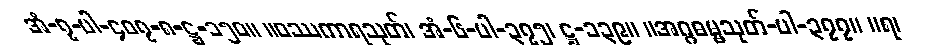
အံ-၇-ပါ-၄၀၇-၈-ဋ္ဌ-၁၅၀။ ။ဝဿကာရသုတ်၊ အံ-၆-ပါ-၃၇၅၊ ဋ္ဌ-၁၃၉။ ။အဂ္ဂဓမ္မသုတ်-ပါ-၃၇၇။ ။ရ၊